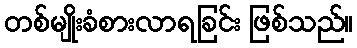
တစ်မျိုးခံစားလာရခြင်း ဖြစ်သည်။